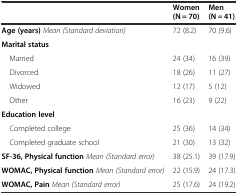
<table><thead><tr><td></td><td><b>Women (N = 70)</b></td><td><b>Men (N = 41)</b></td></tr></thead><tbody><tr><td><b>Age (years)</b><i>Mean (Standard deviation)</i></td><td>72 (8.2)</td><td>70 (9.6)</td></tr><tr><td><b>Marital status</b></td><td></td><td></td></tr><tr><td> Married</td><td>24 (34)</td><td>16 (39)</td></tr><tr><td> Divorced</td><td>18 (26)</td><td>11 (27)</td></tr><tr><td> Widowed</td><td>12 (17)</td><td>5 (12)</td></tr><tr><td> Other</td><td>16 (23)</td><td>9 (22)</td></tr><tr><td><b>Education level</b></td><td></td><td></td></tr><tr><td> Completed college</td><td>25 (36)</td><td>14 (34)</td></tr><tr><td> Completed graduate school</td><td>21 (30)</td><td>13 (32)</td></tr><tr><td><b>SF-36, Physical function</b><i>Mean (Standard error)</i></td><td>38 (25.1)</td><td>39 (17.9)</td></tr><tr><td><b>WOMAC, Physical function</b><i>Mean (Standard error)</i></td><td>22 (15.9)</td><td>24 (17.3)</td></tr><tr><td><b>WOMAC, Pain</b><i>Mean (Standard error)</i></td><td>25 (17.6)</td><td>24 (19.2)</td></tr></tbody></table>